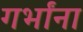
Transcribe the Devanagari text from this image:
गर्भांना